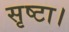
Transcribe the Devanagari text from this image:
सृष्टा।